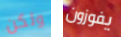
ولكن يفوزون